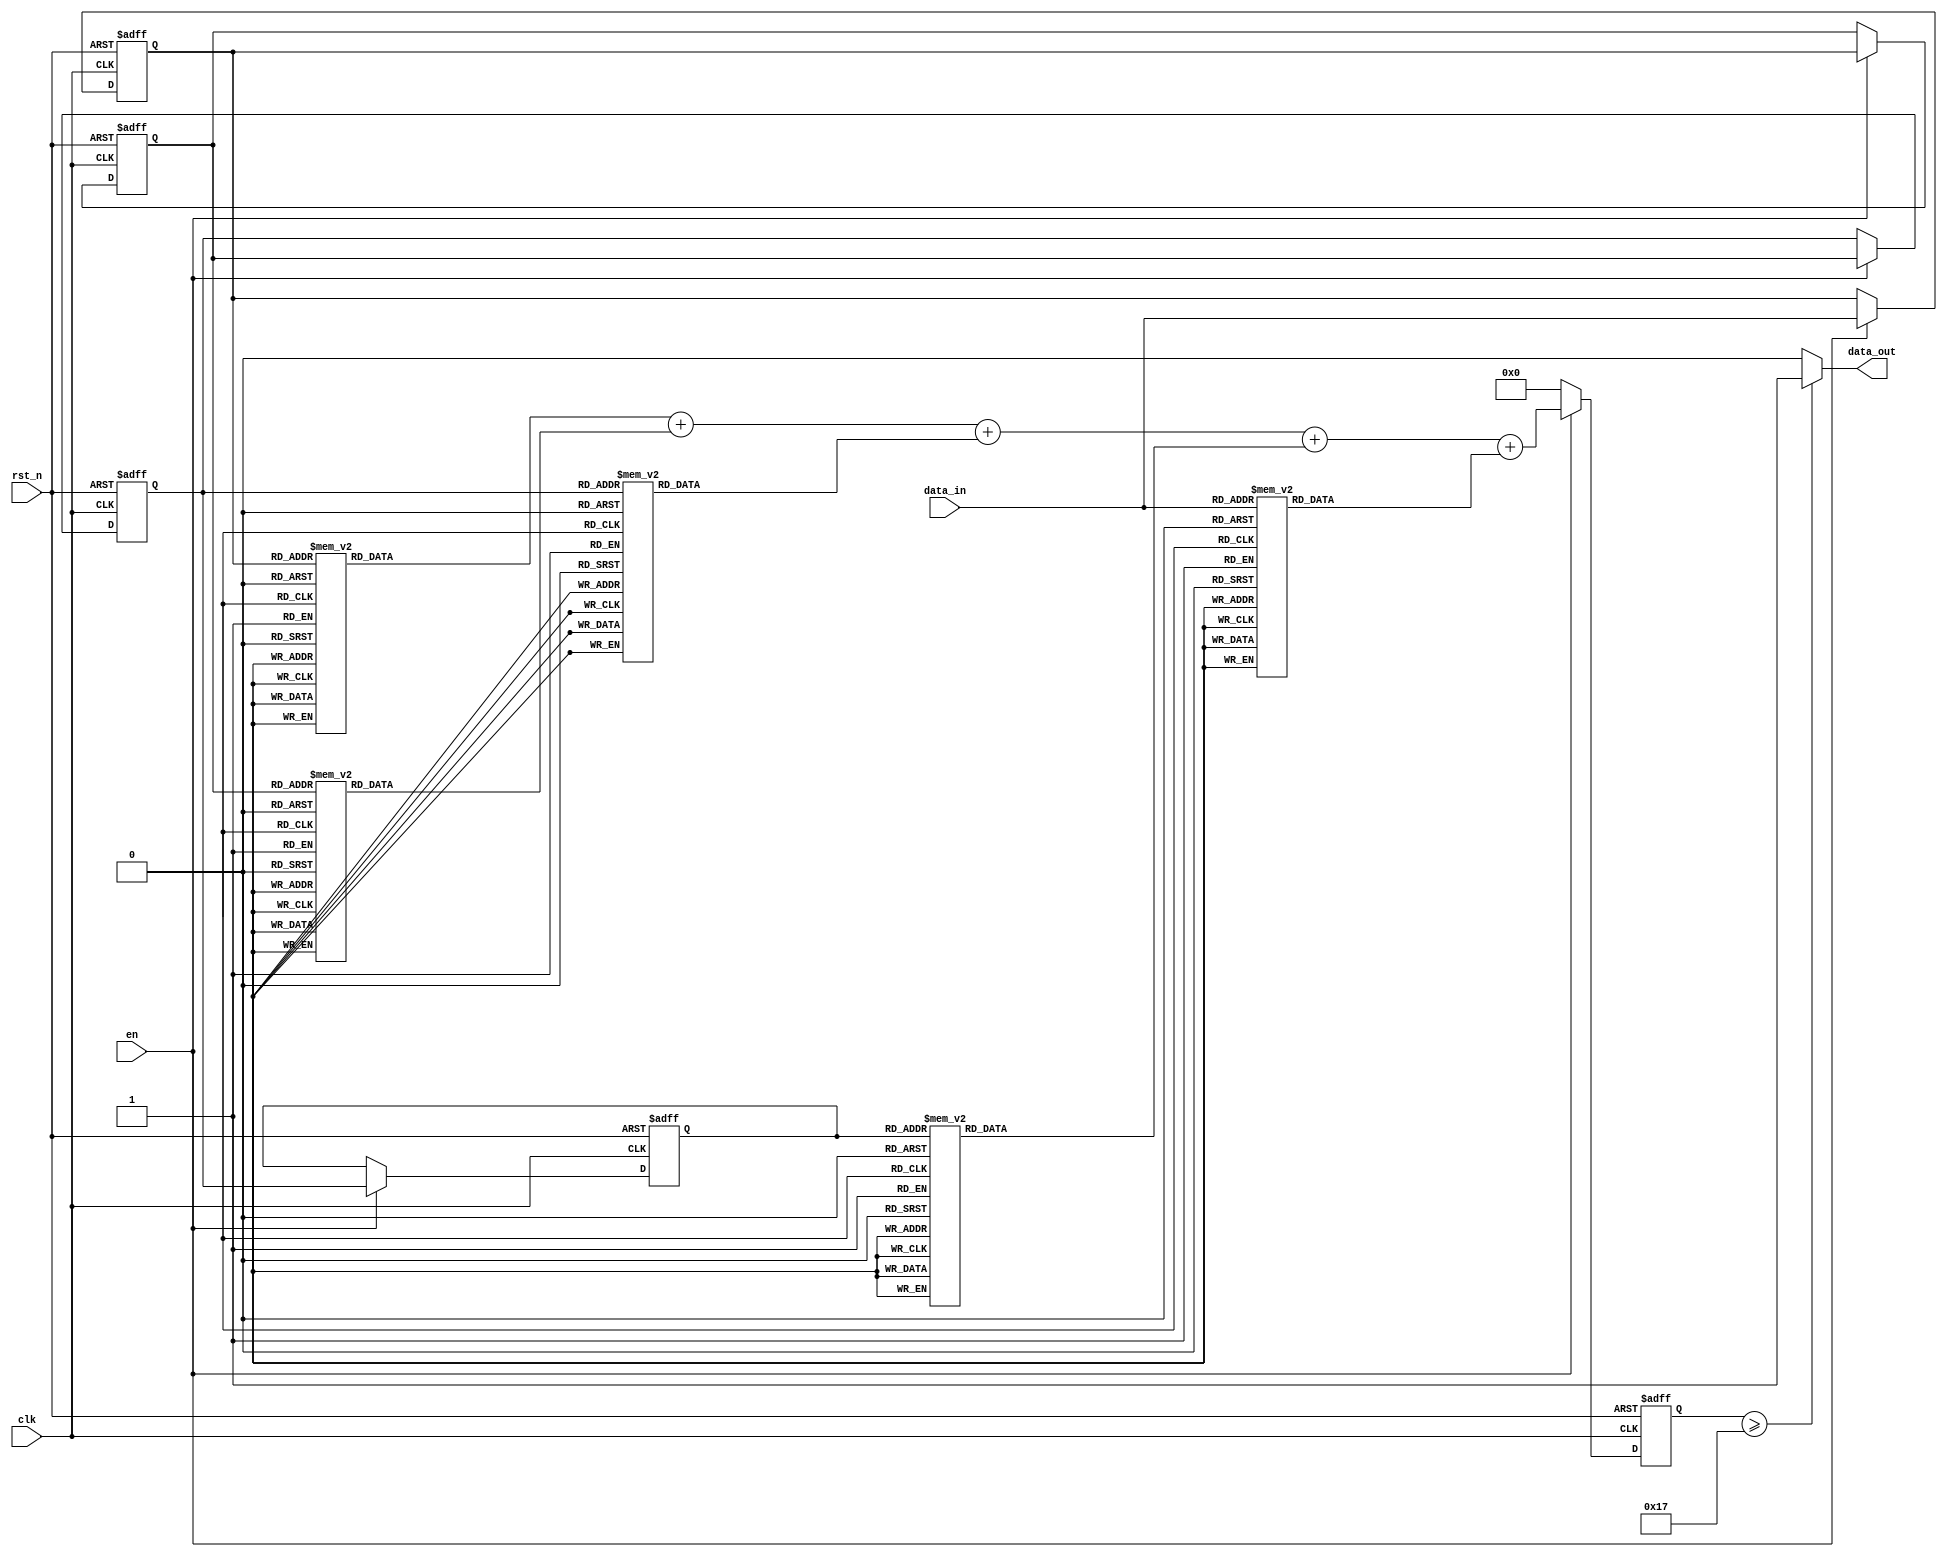
`timescale 1ns / 1ps
//////////////////////////////////////////////////////////////////////////////////
// Company: 
// Engineer: 
// 
// Design Name: 
// Module Name: gaosi_filter
// Project Name: 
// Target Devices: 
// Tool Versions: 
// Description: 
// 
// Dependencies: 
// 
// Revision:
// Revision 0.01 - File Created
// Additional Comments:
// 
//////////////////////////////////////////////////////////////////////////////////


module gaosi_filter(
    input wire clk,
    input wire rst_n,
    input wire en,
    input wire[4:0]data_in,
    output reg data_out  
    );
    //
    reg[4:0] data_buff_1,data_buff_2,data_buff_3,data_buff_4;//!
    reg[4:0] data_in_add,data_buff_1_add,data_buff_2_add,data_buff_3_add,data_buff_4_add;//!

    reg[4:0] data_out_pre;//!

    always @( *) begin
        case(data_in)
            5'b00000:data_in_add=0;
            5'b00001:data_in_add=1;
            5'b00010:data_in_add=1;
            5'b00011:data_in_add=2;
            5'b00100:data_in_add=1;
            5'b00101:data_in_add=2;
            5'b00110:data_in_add=2;
            5'b00111:data_in_add=3;
            5'b01000:data_in_add=1;
            5'b01001:data_in_add=2;
            5'b01010:data_in_add=2;
            5'b01011:data_in_add=3;
            5'b01100:data_in_add=2;
            5'b01101:data_in_add=3;
            5'b01110:data_in_add=3;
            5'b01111:data_in_add=4;
            5'b10000:data_in_add=1;
            5'b10001:data_in_add=2;
            5'b10010:data_in_add=2;
            5'b10011:data_in_add=3;
            5'b10100:data_in_add=2;
            5'b10101:data_in_add=3;
            5'b10110:data_in_add=3;
            5'b10111:data_in_add=4;
            5'b11000:data_in_add=2;
            5'b11001:data_in_add=3;
            5'b11010:data_in_add=3;
            5'b11011:data_in_add=4;
            5'b11100:data_in_add=3;
            5'b11101:data_in_add=4;
            5'b11110:data_in_add=4;
            5'b11111:data_in_add=5;
        endcase
        case(data_buff_1)
            5'b00000:data_buff_1_add=0;
            5'b00001:data_buff_1_add=1;
            5'b00010:data_buff_1_add=1;
            5'b00011:data_buff_1_add=2;
            5'b00100:data_buff_1_add=1;
            5'b00101:data_buff_1_add=2;
            5'b00110:data_buff_1_add=2;
            5'b00111:data_buff_1_add=3;
            5'b01000:data_buff_1_add=1;
            5'b01001:data_buff_1_add=2;
            5'b01010:data_buff_1_add=2;
            5'b01011:data_buff_1_add=3;
            5'b01100:data_buff_1_add=2;
            5'b01101:data_buff_1_add=3;
            5'b01110:data_buff_1_add=3;
            5'b01111:data_buff_1_add=4;
            5'b10000:data_buff_1_add=1;
            5'b10001:data_buff_1_add=2;
            5'b10010:data_buff_1_add=2;
            5'b10011:data_buff_1_add=3;
            5'b10100:data_buff_1_add=2;
            5'b10101:data_buff_1_add=3;
            5'b10110:data_buff_1_add=3;
            5'b10111:data_buff_1_add=4;
            5'b11000:data_buff_1_add=2;
            5'b11001:data_buff_1_add=3;
            5'b11010:data_buff_1_add=3;
            5'b11011:data_buff_1_add=4;
            5'b11100:data_buff_1_add=3;
            5'b11101:data_buff_1_add=4;
            5'b11110:data_buff_1_add=4;
            5'b11111:data_buff_1_add=5;
        endcase
        case(data_buff_2)
            5'b00000:data_buff_2_add=0;
            5'b00001:data_buff_2_add=1;
            5'b00010:data_buff_2_add=1;
            5'b00011:data_buff_2_add=2;
            5'b00100:data_buff_2_add=1;
            5'b00101:data_buff_2_add=2;
            5'b00110:data_buff_2_add=2;
            5'b00111:data_buff_2_add=3;
            5'b01000:data_buff_2_add=1;
            5'b01001:data_buff_2_add=2;
            5'b01010:data_buff_2_add=2;
            5'b01011:data_buff_2_add=3;
            5'b01100:data_buff_2_add=2;
            5'b01101:data_buff_2_add=3;
            5'b01110:data_buff_2_add=3;
            5'b01111:data_buff_2_add=4;
            5'b10000:data_buff_2_add=1;
            5'b10001:data_buff_2_add=2;
            5'b10010:data_buff_2_add=2;
            5'b10011:data_buff_2_add=3;
            5'b10100:data_buff_2_add=2;
            5'b10101:data_buff_2_add=3;
            5'b10110:data_buff_2_add=3;
            5'b10111:data_buff_2_add=4;
            5'b11000:data_buff_2_add=2;
            5'b11001:data_buff_2_add=3;
            5'b11010:data_buff_2_add=3;
            5'b11011:data_buff_2_add=4;
            5'b11100:data_buff_2_add=3;
            5'b11101:data_buff_2_add=4;
            5'b11110:data_buff_2_add=4;
            5'b11111:data_buff_2_add=5;
        endcase
        case(data_buff_3)
            5'b00000:data_buff_3_add=0;
            5'b00001:data_buff_3_add=1;
            5'b00010:data_buff_3_add=1;
            5'b00011:data_buff_3_add=2;
            5'b00100:data_buff_3_add=1;
            5'b00101:data_buff_3_add=2;
            5'b00110:data_buff_3_add=2;
            5'b00111:data_buff_3_add=3;
            5'b01000:data_buff_3_add=1;
            5'b01001:data_buff_3_add=2;
            5'b01010:data_buff_3_add=2;
            5'b01011:data_buff_3_add=3;
            5'b01100:data_buff_3_add=2;
            5'b01101:data_buff_3_add=3;
            5'b01110:data_buff_3_add=3;
            5'b01111:data_buff_3_add=4;
            5'b10000:data_buff_3_add=1;
            5'b10001:data_buff_3_add=2;
            5'b10010:data_buff_3_add=2;
            5'b10011:data_buff_3_add=3;
            5'b10100:data_buff_3_add=2;
            5'b10101:data_buff_3_add=3;
            5'b10110:data_buff_3_add=3;
            5'b10111:data_buff_3_add=4;
            5'b11000:data_buff_3_add=2;
            5'b11001:data_buff_3_add=3;
            5'b11010:data_buff_3_add=3;
            5'b11011:data_buff_3_add=4;
            5'b11100:data_buff_3_add=3;
            5'b11101:data_buff_3_add=4;
            5'b11110:data_buff_3_add=4;
            5'b11111:data_buff_3_add=5;
        endcase
        case(data_buff_4)
            5'b00000:data_buff_4_add=0;
            5'b00001:data_buff_4_add=1;
            5'b00010:data_buff_4_add=1;
            5'b00011:data_buff_4_add=2;
            5'b00100:data_buff_4_add=1;
            5'b00101:data_buff_4_add=2;
            5'b00110:data_buff_4_add=2;
            5'b00111:data_buff_4_add=3;
            5'b01000:data_buff_4_add=1;
            5'b01001:data_buff_4_add=2;
            5'b01010:data_buff_4_add=2;
            5'b01011:data_buff_4_add=3;
            5'b01100:data_buff_4_add=2;
            5'b01101:data_buff_4_add=3;
            5'b01110:data_buff_4_add=3;
            5'b01111:data_buff_4_add=4;
            5'b10000:data_buff_4_add=1;
            5'b10001:data_buff_4_add=2;
            5'b10010:data_buff_4_add=2;
            5'b10011:data_buff_4_add=3;
            5'b10100:data_buff_4_add=2;
            5'b10101:data_buff_4_add=3;
            5'b10110:data_buff_4_add=3;
            5'b10111:data_buff_4_add=4;
            5'b11000:data_buff_4_add=2;
            5'b11001:data_buff_4_add=3;
            5'b11010:data_buff_4_add=3;
            5'b11011:data_buff_4_add=4;
            5'b11100:data_buff_4_add=3;
            5'b11101:data_buff_4_add=4;
            5'b11110:data_buff_4_add=4;
            5'b11111:data_buff_4_add=5;
        endcase
    end

    always @(posedge clk or negedge rst_n) begin
        if(~rst_n)begin
            data_buff_1<=0;
            data_buff_2<=0;
            data_buff_3<=0;
            data_buff_4<=0;
        end
        else begin
            if(en)begin
            data_buff_1<=data_in;
            data_buff_2<=data_buff_1;
            data_buff_3<=data_buff_2;
            data_buff_4<=data_buff_3;
            end
        end
    end
    always @(posedge clk or negedge rst_n) begin
        if(~rst_n)begin
            data_out_pre<=0;
        end
        else begin
            if(en)begin
            
                data_out_pre<=data_buff_1_add+data_buff_2_add+data_buff_3_add+data_buff_4_add+data_in_add;
            end
            else begin
                data_out_pre<= 0;
            end
        end
    end

    always @( *) begin
        if(data_out_pre>=23)
            data_out <= 1'b1;
        else
            data_out <= 1'b0;
    end
    
endmodule